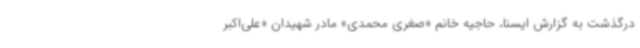
درگذشت به گزارش ایسنا، حاجیه خانم «صغری محمدی» مادر شهیدان «علی‌اکبر